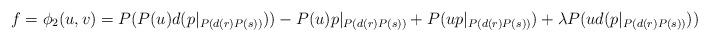
LaTeX: \begin{align*}f &=\phi_2(u,v) = P(P(u)d(p|_{P(d(r)P(s))})) - P(u)p|_{P(d(r)P(s))} +P(u p|_{P(d(r)P(s))}) + \lambda P(ud(p|_{P(d(r)P(s))}))\end{align*}